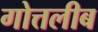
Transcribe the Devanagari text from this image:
गोत्तलीब